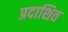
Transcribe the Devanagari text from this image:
प्रदाशित